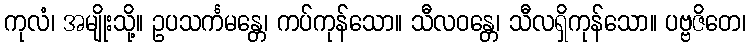
ကုလံ၊ အမျိုးသို့။ ဥပသင်္ကမန္တေ၊ ကပ်ကုန်သော။ သီလဝန္တေ၊ သီလရှိကုန်သော။ ပဗ္ဗဇိတေ၊